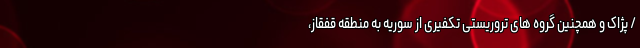
/ پژاک و همچنین گروه های تروریستی تکفیری از سوریه به منطقه قفقاز،